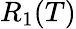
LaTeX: R_{1}(T)